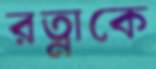
রত্নাকে